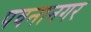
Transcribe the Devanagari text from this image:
पवनानगर